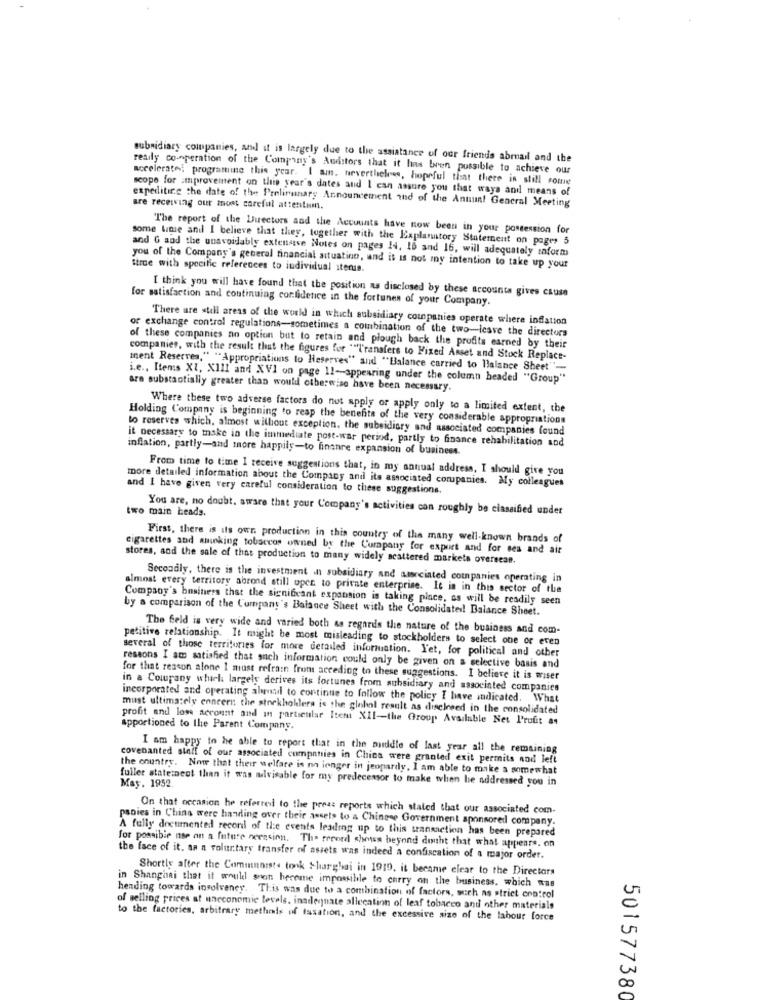
subsidiary companies, and it is largely due to the assistance of our friends abmail and the
really co-operation of the Company's Awistors that it has been possible to achieve our
accelerate: programuine this year. I am. nevertheless, hopeful that there is still some
scope for improvement on this year's dates and I can assure you that ways and means of
expediting the date of the Preliminary Announcement and of the Antiun! General Meeting
are receiving our most careful attentum.
The report of the Directors and the Accounts have now been in your possession for
some time and I believe that they, together with the Explanatory Statement on pages 5
and G and the unavoidably extensive Notes on pages I4, 16 and 16, will adequately taform
fire with specific references to individual iterus.
you of the Company's general financial situating, and it is not my intention to take up your
I think you will have found that the position as disclosed by these accounts gives cause
for satisfaction and continuing corlidetice in the fortunes of your Company.
There are still areas of the world in which subsidiary companies operate where inflation
or exchange control regulations-sometimes a combination of the two-leave the directors
of these companies no option but to retain and plough back the profits earned by their
companies, with the result that the figures for "l'ransfers to Fixed Asset and Stock Replace-
ment Reserres," "Appropriations to Reserves" and "Balance carried to Balance Sheet"-
i.e ., Items XI, XIII and XVI on page 11 -- appearing under the column headed "Group"
are substantially greater than would otherwise have been necessary.
Where these two adverse factors do not apply or apply only to a limited extent, the
Holding Company is beginning to reap the benefits of the very considerable appropriations
to reserves which, almost without exception, the subsidiary and associated companies found
it necessary to make in the immediate post-war period, partly to finance rehabilitation and
inflation, partly-and more happily-to finanre expansion of business.
From time to time I receive suggestions that, in my annual address, I should give you
more detailed information about the Company and its associated companies. My colleagues
and I have given very careful consideration to these suggestions.
two main heads.
You are, no doubt. aware that your Company's activities con roughly be classified under
First, there is its own. production in this country of the many well-known brands of
cigarettes and aminking tobaccos owned by the Company for export and for ses and air
stores, and the sale of that production to many widely scattered markets overseas.
Secondly, there is the investment in subsidiary and sarciated companies operating in
almost every territory abrond still open to private enterprise. It is in this sector of the
Company's business that the significant expansion is taking place, as will be readily seen
by a comparison of the Company's Balance Sheet with the Consolidated! Balance Sheet.
The field is very wide and varied both as regards the nature of the business and com-
petitive relationship. It might be most misleading to stockholders to select one or even
several of those territories for more detailed information. Yet, for political and other
ressons I am satisfied that such information could only be given on a selective basis and
for that rescon alone I must refrain from accediog to these suggestions. I believe it is wiser
in a Company which largely derives its fortunes from subsidiary and associated companies
incorporated and operating ahmad to continue to follow the policy I have indicated. What
must ultimately enneers: the stockhollera is the global result as disclosed in the consolidated
profit and loss account and in particular Itent XII-the Group Available Net Profit as
apportioned to the Parent Company.
I am happy to be able to report that in the middle of last year all the remaining
covenanted staff of our associated companies in China were granted exit permits and left
the country. Now that their welfare is no longer in jeopardy. I am able to make a somewhat
fuller statement than it was milvisable for my predecessor to make when he addressed you in
May. 1952
On that occasion he referred to the press reports which stated that our associated com-
papies in China were handing over their assets to a Chinese Government sponsored company.
A fully documented record of the events leading up to this transaction has been prepared
for possible use on a future neracion. The record shows beyond dought that what appears. on
the face of it. aa a voluntary transfer of assets was indeed a confiscation of a major order.
Shortly after the Communist. took Shanghai in 1919. it became clear to the Directors
in Shanghai that it would soon become impossible to carry on the business, which was
heading towards insolvency. This was due to a combination of factors, such as strict control
of selling prices at uneconomie levels, inadequate allecation of leaf tobacco and other materials
to the factories, arbitrary methods of taxation, and the excessive size of the labour force
501577380